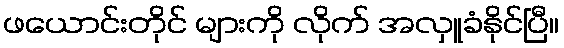
ဖယောင်းတိုင် များကို လိုက် အလှူခံနိုင်ပြီ။